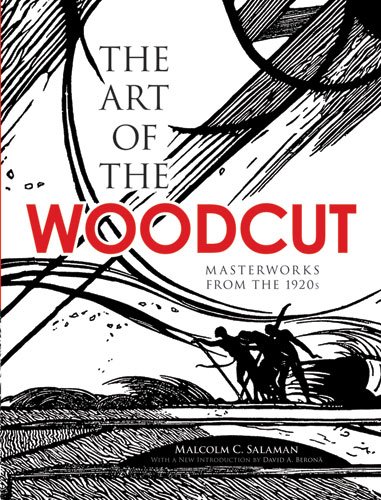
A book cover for The Art of the Woodcut: Masterworks from the 1920s (Dover Fine Art, History of Art); Malcolm C. Salaman; Arts & Photography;